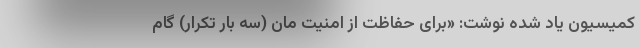
کمیسیون یاد شده نوشت: «برای حفاظت از امنیت ‌مان (سه بار تکرار) گام